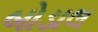
બોડાલ